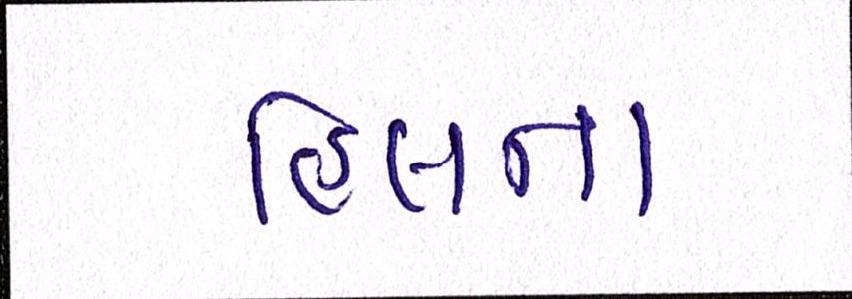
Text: હિલના